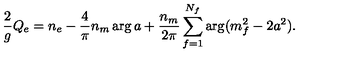
{ \frac { 2 } { g } } Q _ { e } = n _ { e } - { \frac { 4 } { \pi } } n _ { m } \arg a + { \frac { n _ { m } } { 2 \pi } } \sum _ { f = 1 } ^ { N _ { f } } \arg ( m _ { f } ^ { 2 } - 2 a ^ { 2 } ) .